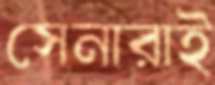
সেনারাই